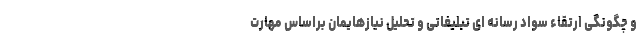
و چگونگی ارتقاء سواد رسانه ای تبلیغاتی و تحلیل نیازهایمان براساس مهارت